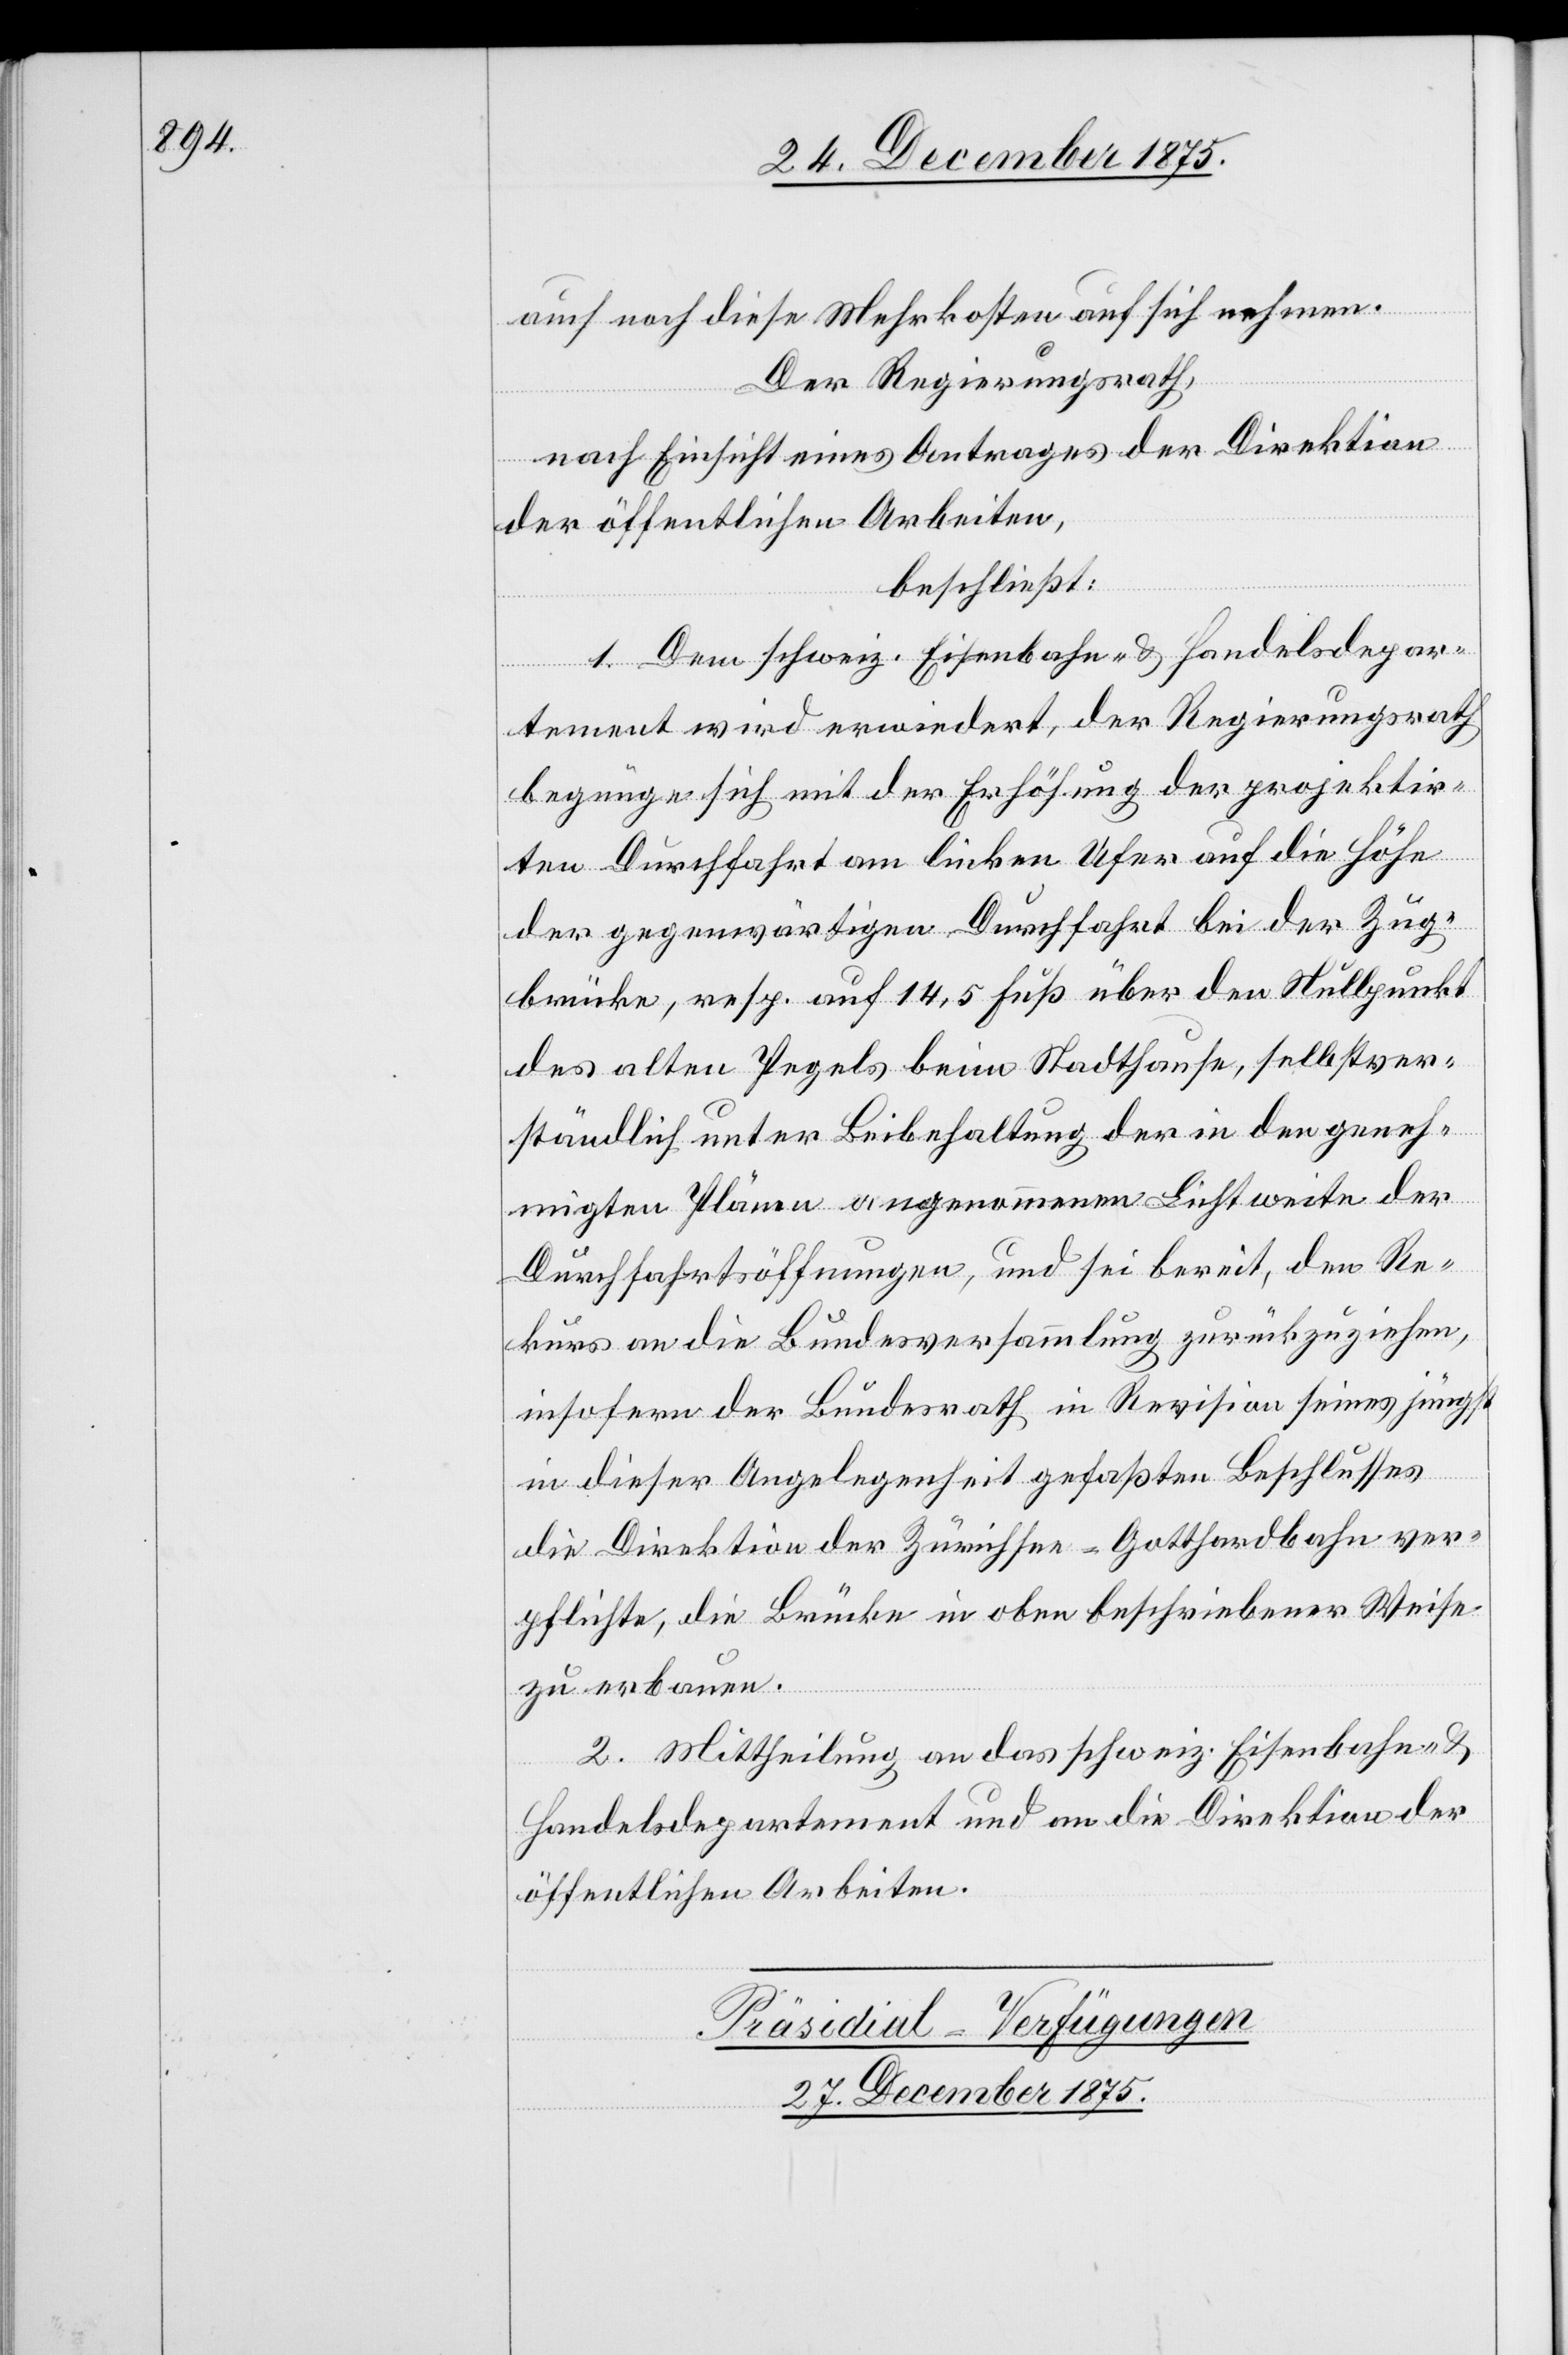
auch noch diese Mehrkosten auf sich nehmen.
Der Regierungsrath,
nach Einsicht eines Antrages der Direktion
der öffentlichen Arbeiten,
beschließt:
1. Dem schweiz. Eisenbahn- & Handelsdepar¬
tement wird erwiedert, der Regierungsrath
begnüge sich mit der Erhöhung der projektir¬
ten Durchfahrt am linken Ufer auf die Höhe
der gegenwärtigen Durchfahrt bei der Zug¬
brücke, resp. auf 14,5 Fuß über den Nullpunkt
des alten Pegels beim Stadthause, selbstver¬
ständlich unter Beibehaltung der in den geneh¬
migten Plänen angenommenen Lichtweite der
Durchfahrtsöffnungen, und sei bereit, den Re¬
kurs an die Bundesversammlung zurückzuziehen,
insofern der Bundesrath in Revision seines jüngst
in dieser Angelegenheit gefaßten Beschlusses
die Direktion der Zürichsee–Gotthardbahn ver¬
pflichte, die Brücke in oben beschriebener Weise
zu erbauen.
2. Mittheilung an das schweiz. Eisenbahn- und
Handelsdepartement und an die Direktion der
öffentlichen Arbeiten.